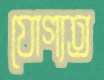
যোগ্যত